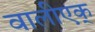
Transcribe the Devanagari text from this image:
वालीएक्